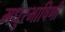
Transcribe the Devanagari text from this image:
मधुरभाषिणी